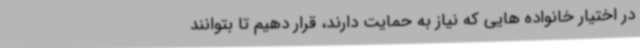
در اختیار خانواده هایی که نیاز به حمایت دارند، قرار دهیم تا بتوانند